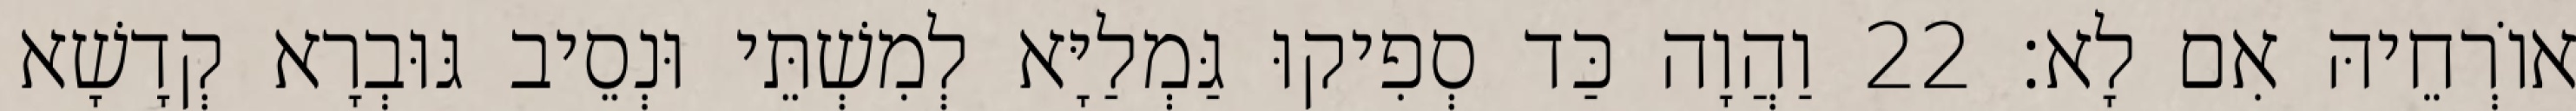
אוֹרְחֵיהּ אִם לָא׃ 22 וַהֲוָה כַּד סְפִיקוּ גַּמְלַיָּא לְמִשְׁתֵּי וּנְסֵיב גּוּבְרָא קְדָשָׁא